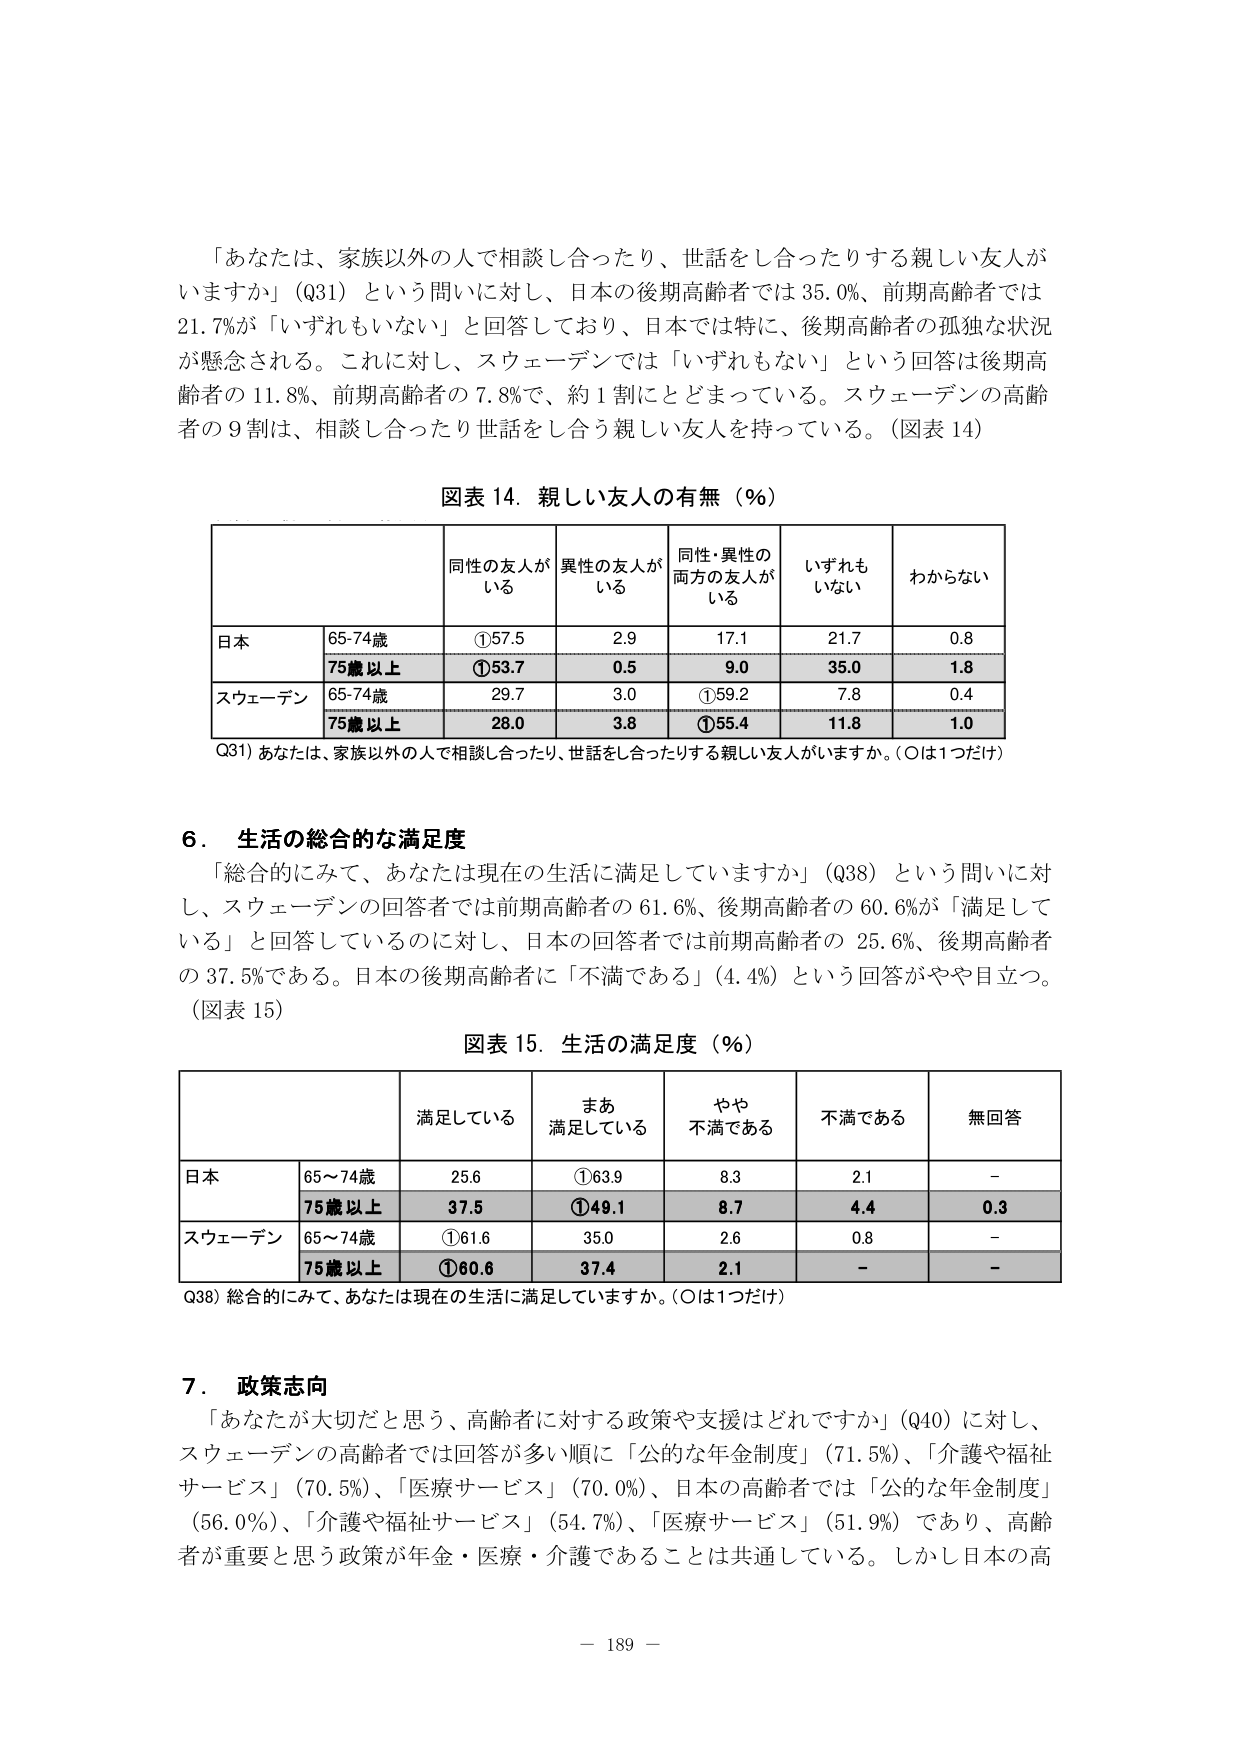
「あなたは、家族以外の人で相談し合ったり、世話をし合ったりする親しい友人がいますか」（Q31）という問いに対し、日本の後期高齢者では35.0％、前期高齢者では21.7％が「いずれもない」と回答しており、日本では特に、後期高齢者の孤独な状況が懸念される。これに対し、スウェーデンでは「いずれもない」という回答は後期高齢者の11.8％、前期高齢者の7.8％で、約1割にとどまっている。スウェーデンの高齢者の9割は、相談し合ったり世話をし合う親しい友人を持っている。（図表14）

図表14．親しい友人の有無（％）

| | 同性の友人がいる | 異性の友人がいる | 同性・異性の両方の友人がいる | いずれもいない | わからない |
|---|---|---|---|---|---|
| 日本 | 65-74歳 | ①57.5 | 2.9 | 17.1 | 21.7 | 0.8 |
| | 75歳以上 | ①53.7 | 0.5 | 9.0 | 35.0 | 1.8 |
| スウェーデン | 65-74歳 | 29.7 | 3.0 | ①59.2 | 7.8 | 0.4 |
| | 75歳以上 | 28.0 | 3.8 | ①55.4 | 11.8 | 1.0 |

Q31）あなたは、家族以外の人で相談し合ったり、世話をし合ったりする親しい友人がいますか。（○は1つだけ）

6．生活の総合的な満足度

「総合的にみて、あなたは現在の生活に満足していますか」（Q38）という問いに対し、スウェーデンの回答者では前期高齢者の61.6％、後期高齢者の60.6％が「満足している」と回答しているのに対し、日本の回答者では前期高齢者の25.6％、後期高齢者の37.5％である。日本の後期高齢者に「不満である」（4.4％）という回答がやや目立つ。（図表15）

図表15．生活の満足度（％）

| | 満足している | まあ満足している | やや不満である | 不満である | 無回答 |
|---|---|---|---|---|---|
| 日本 | 65～74歳 | 25.6 | ①63.9 | 8.3 | 2.1 | - |
| | 75歳以上 | 37.5 | ①49.1 | 8.7 | 4.4 | 0.3 |
| スウェーデン | 65～74歳 | ①61.6 | 35.0 | 2.6 | 0.8 | - |
| | 75歳以上 | ①60.6 | 37.4 | 2.1 | - | - |

Q38）総合的にみて、あなたは現在の生活に満足していますか。（○は1つだけ）

7．政策志向

「あなたが大切だと思う、高齢者に対する政策や支援はどれですか」（Q40）に対し、スウェーデンの高齢者では回答が多い順に「公的な年金制度」（71.5％）、「介護や福祉サービス」（70.5％）、「医療サービス」（70.0％）、日本の高齢者では「公的な年金制度」（56.0％）、「介護や福祉サービス」（54.7％）、「医療サービス」（51.9％）であり、高齢者が重要と思う政策が年金・医療・介護であることは共通している。しかし日本の高

－ 189 －